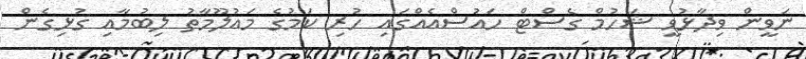
ނަވީން ވިދާޅުވީ ޝަހުމް ގެސްޓް ހައުސްއެއްގައި ހުރި ކަމުގެ މައުލޫމާތު ލިބުމާއި ގުޅިގެން